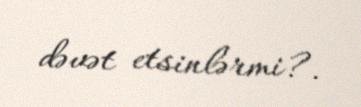
dəvət etsinlərmi?.